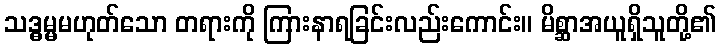
သဒ္ဓမ္မမဟုတ်သော တရားကို ကြားနာရခြင်းလည်းကောင်း။ မိစ္ဆာအယူရှိသူတို့၏